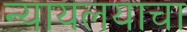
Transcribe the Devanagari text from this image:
न्यायलयाचा